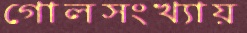
গোলসংখ্যায়